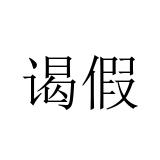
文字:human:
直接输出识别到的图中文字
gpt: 谒假